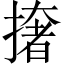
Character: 撦